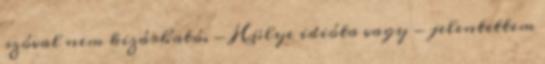
szóval nem kizárható. - Hülye idióta vagy - jelentettem